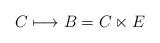
LaTeX: \begin{align*}C\longmapsto B=C\ltimes E\end{align*}